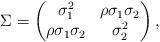
LaTeX: \begin{align*}\Sigma = \begin{pmatrix} \sigma_{1}^{2} & \rho \sigma_{1} \sigma_{2} \\ \rho \sigma_{1} \sigma_{2} & \sigma^{2}_{2} \end{pmatrix},\end{align*}